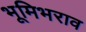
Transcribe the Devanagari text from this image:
भूमिभराव